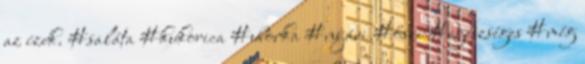
az ízek. #saláta #kukorica #uborka #nyári #őszi #egészséges #még